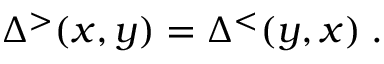
\Delta ^ { > } ( x , y ) = \Delta ^ { < } ( y , x ) \; .